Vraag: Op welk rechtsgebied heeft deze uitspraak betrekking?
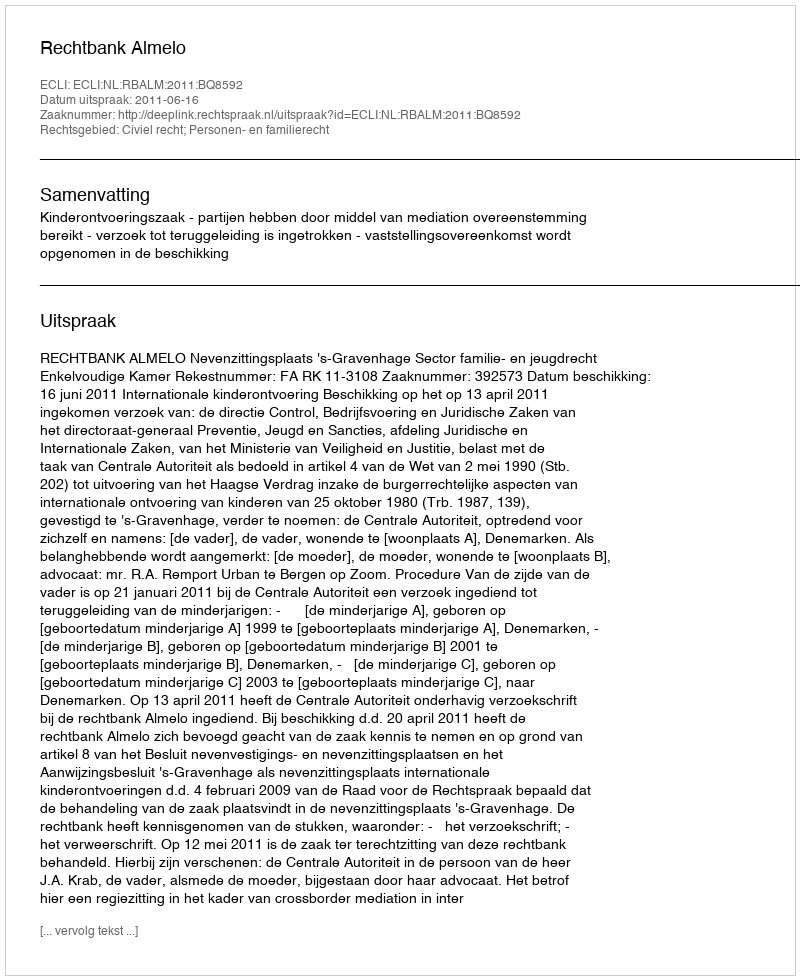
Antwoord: Civiel recht; Personen- en familierecht